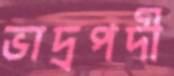
ভাদ্রপদী